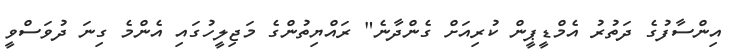
އިންސާފުގެ ދަތުރު އެމްޑީޕީން ކުރިއަށް ގެންދާނެ" ރައްޔިތުންގެ މަޖިލީހުގައި އެންމެ ގިނަ ދުވަސްވީ